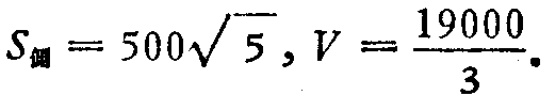
$S_{侧}=500\sqrt{5},V = \frac{19000}{3}.$